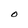
Character: O